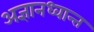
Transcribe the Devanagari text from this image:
अज्ञानध्वान्त